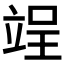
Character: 𮄰